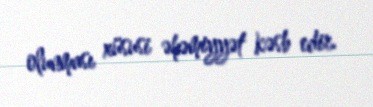
olunması xüsusi əhəmiyyət kəsb edir.